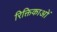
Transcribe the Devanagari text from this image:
रिक्तिकाओं